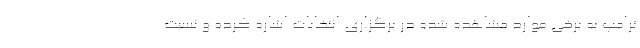
ترامپ به برخی موارد مشاهده شده در برگزاری انتخابات اشاره کرده و نسبت